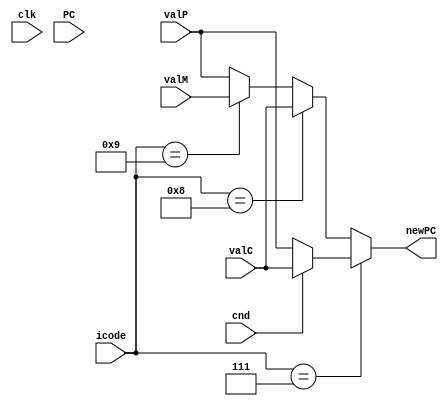
module SEQPCupdate(clk, PC, icode, cnd, valC, valM, valP, newPC);
    input clk, cnd;
    input [3:0] icode;
    input [63:0] PC, valC, valM, valP;
    output reg [63:0] newPC;
    always @(*) begin
        if (icode == 4'b0111) begin // jXX
            newPC = (cnd == 1) ? valC : valP;
        end
        else if (icode == 4'b1000) begin // call
            newPC = valC;
        end
        else if (icode == 4'b1001) begin // ret
            newPC = valM;
        end
        else begin // all other instructions
            newPC = valP;
        end
    end
endmodule